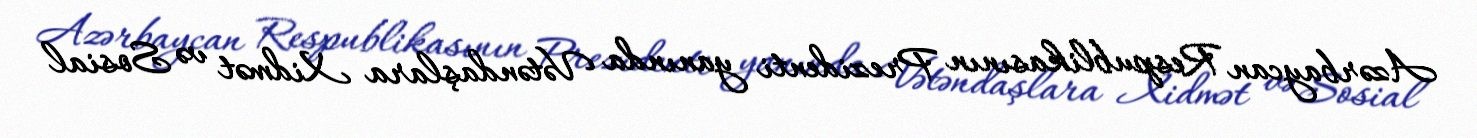
Azərbaycan Respublikasının Prezidenti yanında Vətəndaşlara Xidmət və Sosial